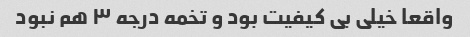
واقعا خیلی بی کیفیت بود و تخمه درجه ۳ هم نبود